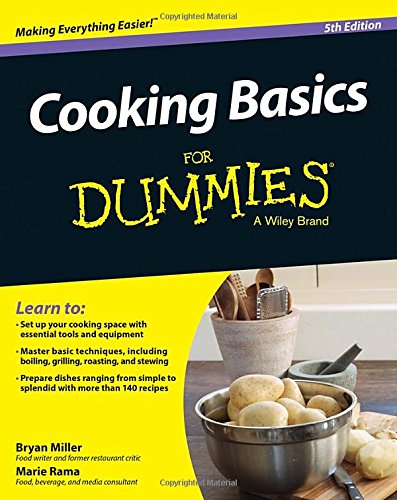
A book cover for Cooking Basics For Dummies; Marie Rama; Cookbooks, Food & Wine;